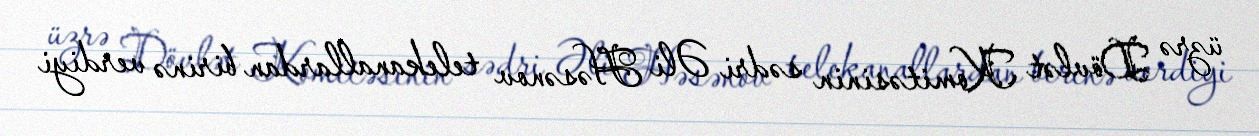
üzrə Dövlət Komitəsinin sədri Əli Həsənov telekanallardan birinə verdiyi